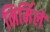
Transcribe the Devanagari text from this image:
निर्मिलें